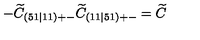
- \widetilde { C } _ { ( 5 1 \mid 1 1 ) + - } \widetilde { C } _ { ( 1 1 \mid 5 1 ) + - } = \widetilde { C }